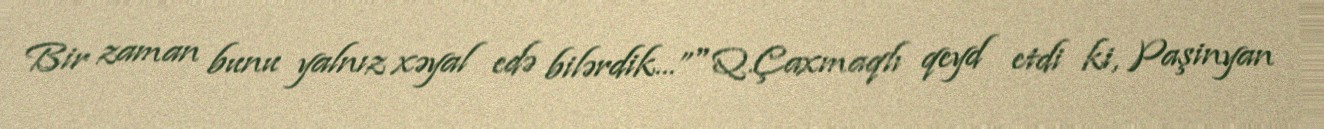
Bir zaman bunu yalnız xəyal edə bilərdik...”" Q.Çaxmaqlı qeyd etdi ki, Paşinyan